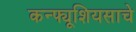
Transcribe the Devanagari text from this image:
कन्फ्यूशियसाचे